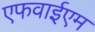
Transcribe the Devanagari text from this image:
एफवाईएम